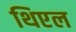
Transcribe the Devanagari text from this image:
थिएल